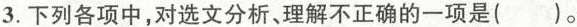
3.下列各项中，对选文分析、理解不正确的一项是()。